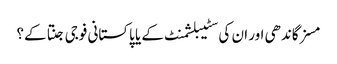
مسز گاندھی اور ان کی سٹیبلشمنٹ کے یا پاکستانی فوجی جنتا کے؟